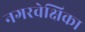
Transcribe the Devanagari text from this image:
नगरवेक्षिका